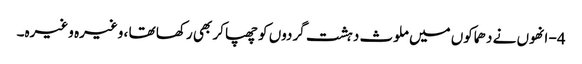
4- انھوں نے دھماکوں میں ملوث دہشت گردوں کو چھپا کر بھی رکھا تھا ، وغیرہ وغیرہ۔